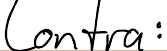
Contra: